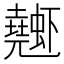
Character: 𰳤